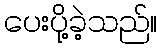
ပေးပို့ခဲ့သည်။